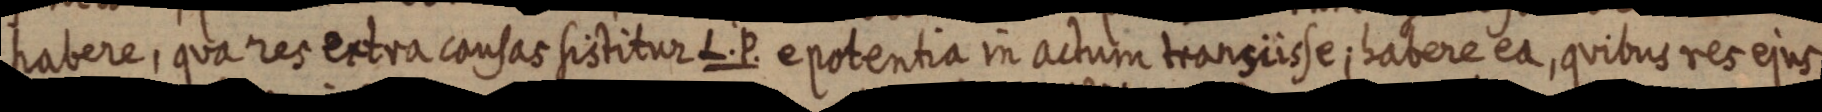
habere, qua res extra causas sistitur L. P. e potentia in actum transiisse; habere ea, quibus res ejus